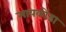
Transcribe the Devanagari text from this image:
मायकोंडा